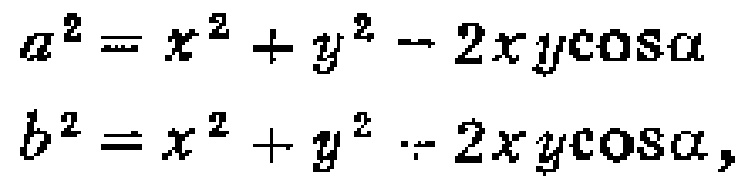
\[
\begin{align*}
a^{2}&=x^{2}+y^{2}-2xy\cos\alpha\\
b^{2}&=x^{2}+y^{2}-2xy\cos\alpha,
\end{align*}
\]